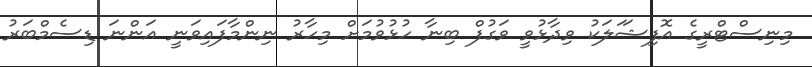
މިނިސްޓްރީގެ އޮފިޝަަލަކު ވިދާޅުވީ ވަގުފް ބިނާ ހުޅުވުމަށް މިހާރު ނިންމާފައިވަނީ އަންނަ ޑިސެމްބަރު